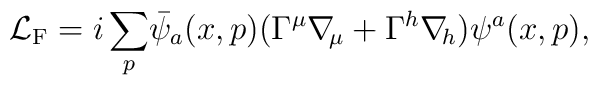
{\cal L}_{\rm F}=i\,\displaystyle{\sum_p}\bar\psi_a(x,p)(\Gamma^\mu \nabla\!_\mu+\Gamma^h \nabla\!_h)\psi^a(x,p),